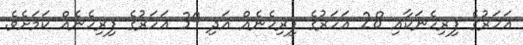
އަހަރުގެ ފިރިހެނަކާއި 28 އަހަރުގެ ފިރިހެނެއް އަދި 39 އަހަރުގެ ފިރިހެނެއް ކަމަށެވެ.